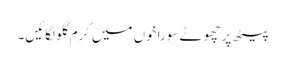
پیٹھ پر چھوٹے سوراخوں میں گرم گلو لگائیں۔